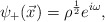
\begin{align*}{\psi}_+ ( \vec{x}) = {\rho}^{1 \over 2} e^{i\omega} ,\end{align*}